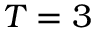
T = 3